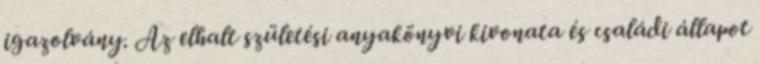
igazolvány. Az elhalt születési anyakönyvi kivonata és családi állapot